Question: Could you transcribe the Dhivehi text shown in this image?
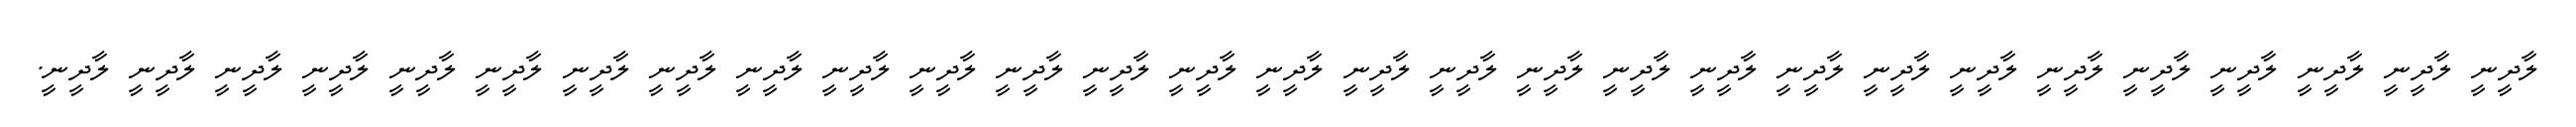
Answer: ލާދީނީ ލާދީނީ ލާދީނީ ލާދީނީ ލާދީނީ ލާދީނީ ލާދީނީ ލާދީނީ ލާދީނީ ލާދީނީ ލާދީނީ ލާދީނީ ލާދީނީ ލާދީނީ ލާދީނީ ލާދީނީ ލާދީނީ ލާދީނީ ލާދީނީ ލާދީނީ ލާދީނީ ލާދީނީ ލާދީނީ ލާދީނީ ލާދީނީ ލާދީނީ ލާދީނީ ލާދީނީ ލާދީނީ.